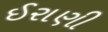
ઈરાણી